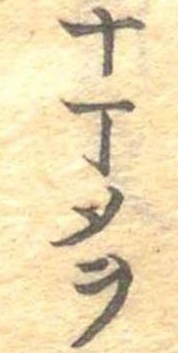
十丁メヲ